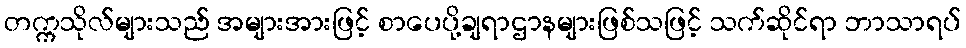
တက္ကသိုလ်များသည် အများအားဖြင့် စာပေပို့ချရာဌာနများဖြစ်သဖြင့် သက်ဆိုင်ရာ ဘာသာရပ်